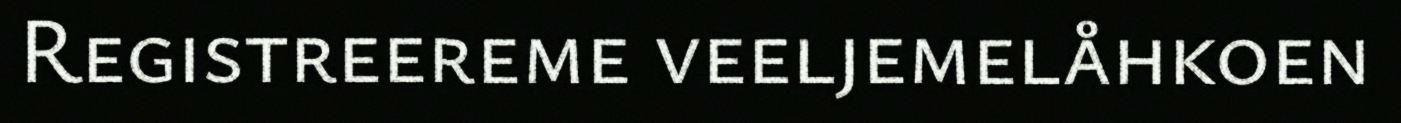
Registreereme veeljemelåhkoen